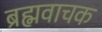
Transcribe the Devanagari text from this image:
ब्रह्मवाचक